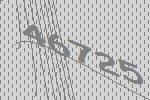
46725